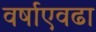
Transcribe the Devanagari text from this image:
वर्षाएवढा